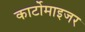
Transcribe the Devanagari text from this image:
कार्टोमाइजर